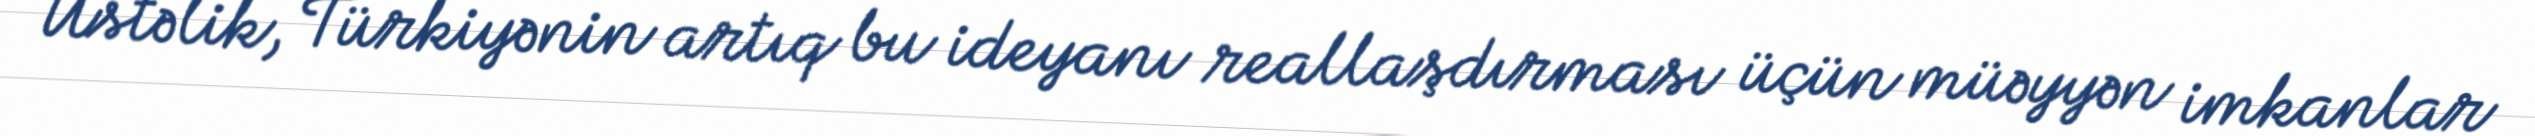
Üstəlik, Türkiyənin artıq bu ideyanı reallaşdırması üçün müəyyən imkanlar